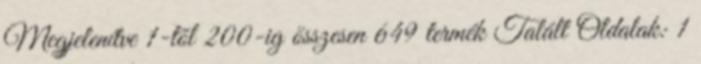
Megjelenítve 1-tõl 200-ig összesen 649 termék Talált Oldalak: 1